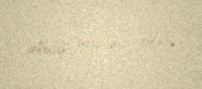
dönüş nöqtəsi oldu.